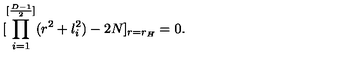
[ \prod _ { i = 1 } ^ { [ { \frac { D - 1 } { 2 } } ] } ( r ^ { 2 } + l _ { i } ^ { 2 } ) - 2 N ] _ { r = r _ { H } } = 0 .